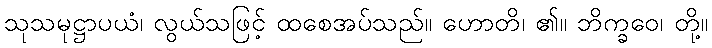
သုသမုဋ္ဌာပယံ၊ လွယ်သဖြင့် ထစေအပ်သည်။ ဟောတိ၊ ၏။ ဘိက္ခဝေ၊ တို့။